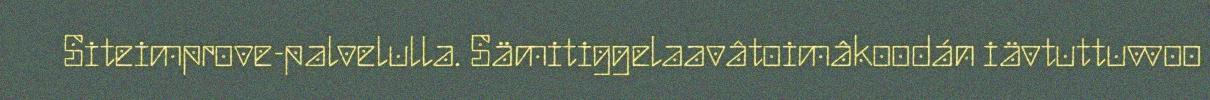
Siteimprove-palvelulla. Sämitiggelaavâtoimâkoodán iävtuttuvvoo